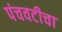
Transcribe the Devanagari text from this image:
पंचवटीचा